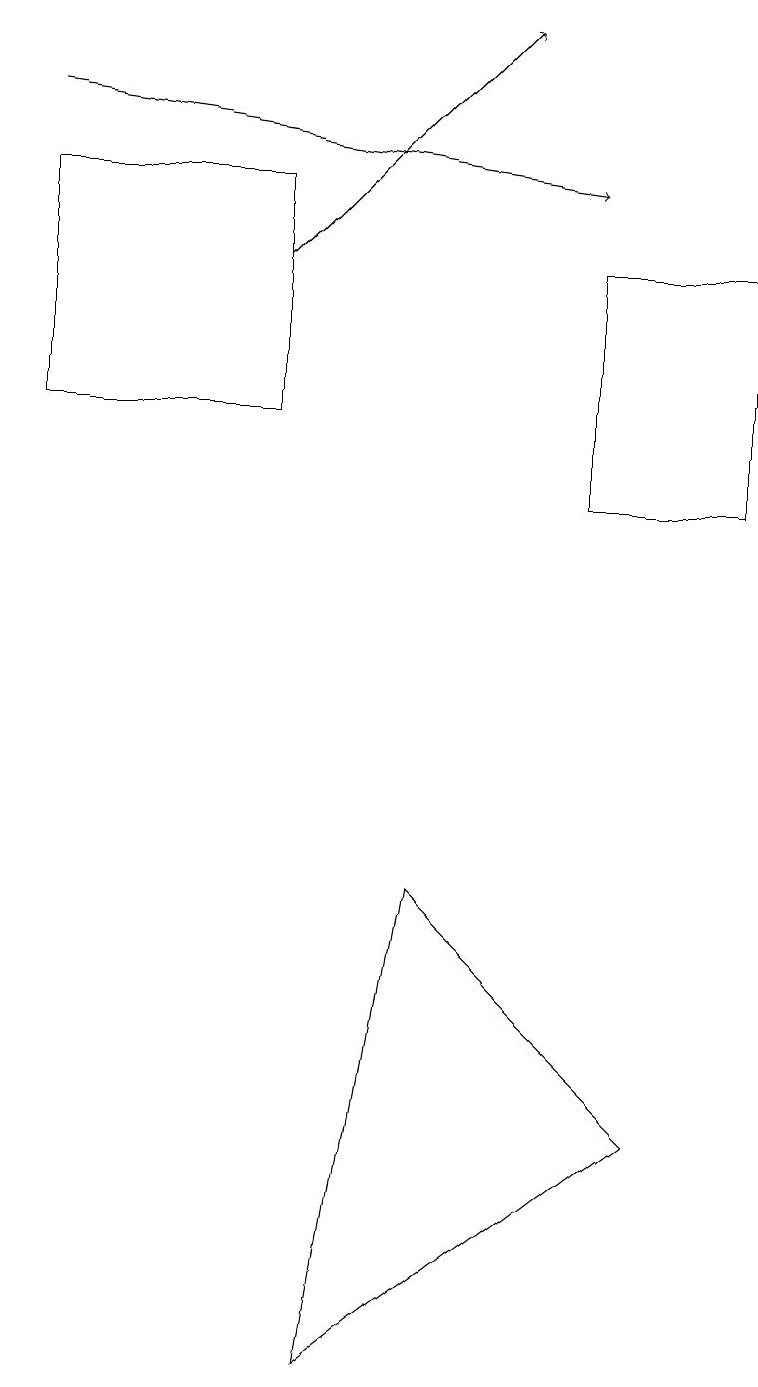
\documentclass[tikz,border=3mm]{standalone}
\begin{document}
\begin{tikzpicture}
\draw (3,14) rectangle (0,17);
\draw (7,13) rectangle (9,16);
\draw[->] (0,18) -- (7,17);
\draw[->] (3,16) -- (6,19);
\draw (8,5) -- (5,8) -- (4,2) -- cycle;
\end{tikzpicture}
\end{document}